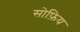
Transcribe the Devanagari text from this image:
सोफ़िय